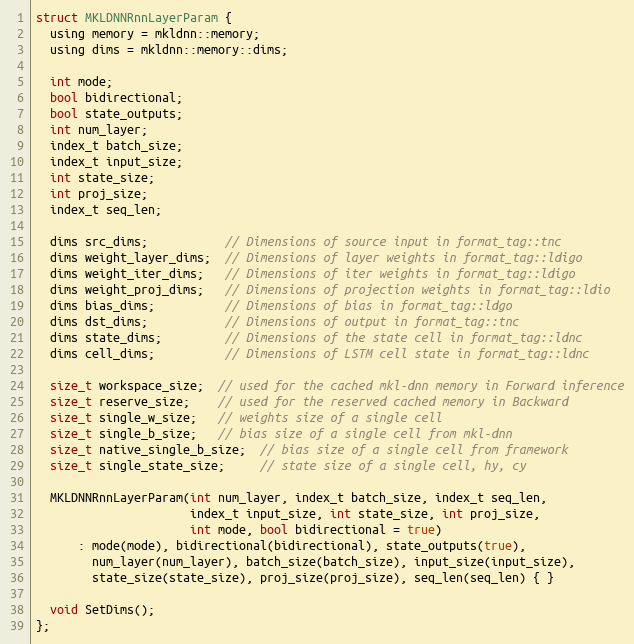
Language: C
struct MKLDNNRnnLayerParam {
  using memory = mkldnn::memory;
  using dims = mkldnn::memory::dims;

  int mode;
  bool bidirectional;
  bool state_outputs;
  int num_layer;
  index_t batch_size;
  index_t input_size;
  int state_size;
  int proj_size;
  index_t seq_len;

  dims src_dims;           // Dimensions of source input in format_tag::tnc
  dims weight_layer_dims;  // Dimensions of layer weights in format_tag::ldigo
  dims weight_iter_dims;   // Dimensions of iter weights in format_tag::ldigo
  dims weight_proj_dims;   // Dimensions of projection weights in format_tag::ldio
  dims bias_dims;          // Dimensions of bias in format_tag::ldgo
  dims dst_dims;           // Dimensions of output in format_tag::tnc
  dims state_dims;         // Dimensions of the state cell in format_tag::ldnc
  dims cell_dims;          // Dimensions of LSTM cell state in format_tag::ldnc

  size_t workspace_size;  // used for the cached mkl-dnn memory in Forward inference
  size_t reserve_size;    // used for the reserved cached memory in Backward
  size_t single_w_size;   // weights size of a single cell
  size_t single_b_size;   // bias size of a single cell from mkl-dnn
  size_t native_single_b_size;  // bias size of a single cell from framework
  size_t single_state_size;     // state size of a single cell, hy, cy

  MKLDNNRnnLayerParam(int num_layer, index_t batch_size, index_t seq_len,
                      index_t input_size, int state_size, int proj_size,
                      int mode, bool bidirectional = true)
      : mode(mode), bidirectional(bidirectional), state_outputs(true),
        num_layer(num_layer), batch_size(batch_size), input_size(input_size),
        state_size(state_size), proj_size(proj_size), seq_len(seq_len) { }

  void SetDims();
};